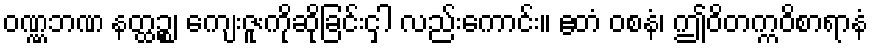
ဝဏ္ဏဘဏ နတ္ထဉ္စ၊ ကျေးဇူးကိုဆိုခြင်းငှါ လည်းကောင်း။ ဧတံ ဝစနံ၊ ဤဝိတက္ကဝိစာရာနံ